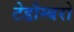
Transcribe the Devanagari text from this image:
टेडौम्बरो